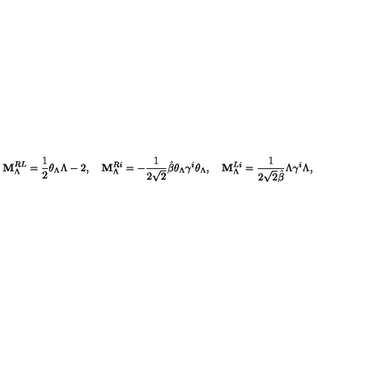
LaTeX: { \bf M } _ { \Lambda } ^ { R L } = \frac { 1 } { 2 } \theta _ { \Lambda } \Lambda - 2 , \quad { \bf M } _ { \Lambda } ^ { R i } = - \frac { 1 } { 2 \sqrt { 2 } } \hat { \beta } \theta _ { \Lambda } \gamma ^ { i } \theta _ { \Lambda } , \quad { \bf M } _ { \Lambda } ^ { L i } = \frac { 1 } { 2 \sqrt { 2 } \hat { \beta } } \Lambda \gamma ^ { i } \Lambda ,